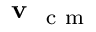
\textbf { v } _ { \mathrm { ~ c ~ m ~ } }